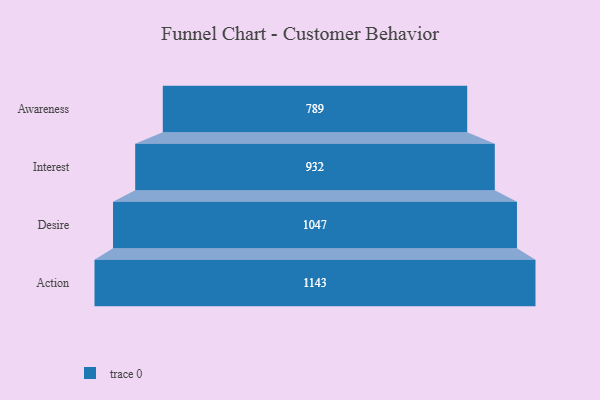
{"axis": {"x": "Stage", "y": "Value"}, "legend": [""], "data": [{"x": "Awareness", "y": 789.0, "type": ""}, {"x": "Interest", "y": 932.0, "type": ""}, {"x": "Desire", "y": 1047.0, "type": ""}, {"x": "Action", "y": 1143.0, "type": ""}]}